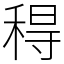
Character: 䅞